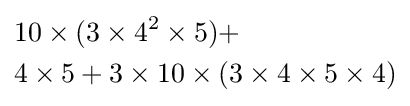
{\begin{aligned}&10\times (3\times 4^{2}\times 5)+\\&4\times 5+3\times 10\times (3\times 4\times 5\times 4)\end{aligned}}